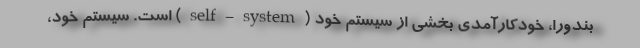
بندورا، خودکارآمدی بخشی از سیستم خود (self-system) است. سیستم خود،